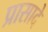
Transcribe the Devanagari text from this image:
प्रासादे